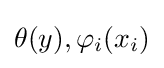
\theta (y),\varphi _{i}(x_{i})